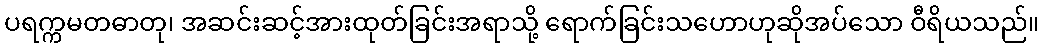
ပရက္ကမတဓာတု၊ အဆင်းဆင့်အားထုတ်ခြင်းအရာသို့ ရောက်ခြင်းသဟောဟုဆိုအပ်သော ဝီရိယသည်။